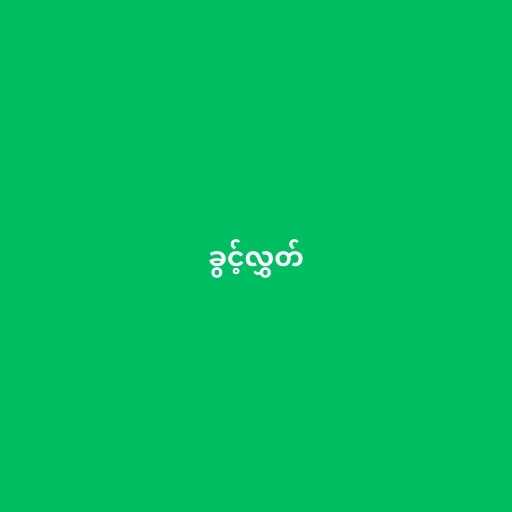
ခွင့်လွှတ်